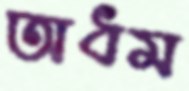
অধম